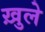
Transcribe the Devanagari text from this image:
ख़ुले